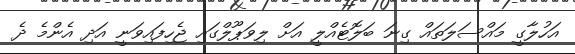
އަހުލާގީ މައްސަލަތައް ގިނަ ބަލޮޓެއްލީ އަށް ލިވަޕޫލްގައި ޖެހިފައިވަނީ އަދި އެންމެ ދެ